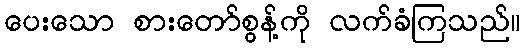
ပေးသော စားတော်စွန့်ကို လက်ခံကြသည်။